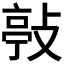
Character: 𢾊